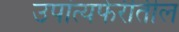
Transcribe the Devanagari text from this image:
उपांत्यफेरीतील